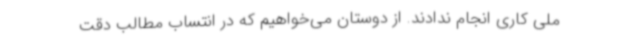
ملی کاری انجام ندادند. از دوستان می‌خواهیم که در انتساب مطالب دقت